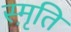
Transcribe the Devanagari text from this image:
स्मृ़ति